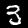
Digit: 3